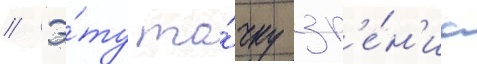
// Э́ту то́чку зр'е́н'иа